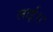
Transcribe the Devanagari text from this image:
लाई।।